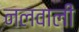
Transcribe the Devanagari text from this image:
नलवाली